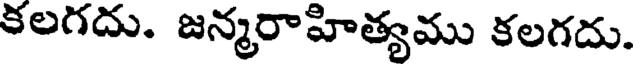
కలగదు. జన్మరాహిత్యము కలగదు.